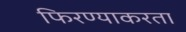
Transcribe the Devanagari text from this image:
फिरण्याकरता